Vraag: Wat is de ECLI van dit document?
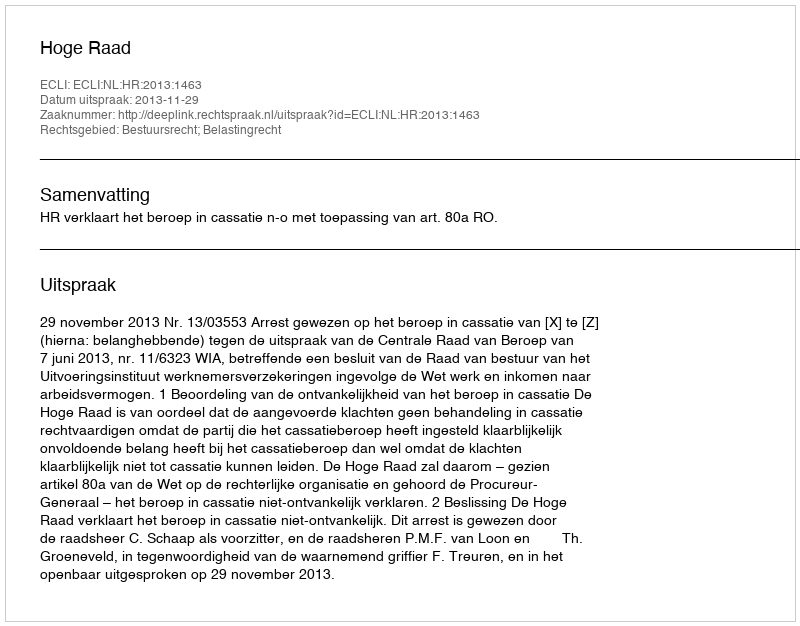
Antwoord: ECLI:NL:HR:2013:1463